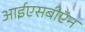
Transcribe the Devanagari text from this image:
आईएसबीऍन